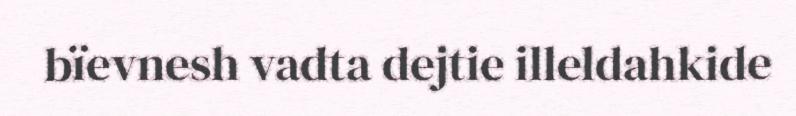
bïevnesh vadta dejtie illeldahkide